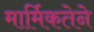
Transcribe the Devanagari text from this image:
मार्मिकतेने